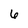
Character: 6